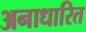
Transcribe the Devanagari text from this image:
अनाधारित